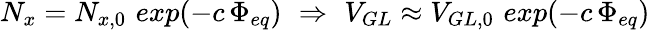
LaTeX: N_{x}=N_{x,0}\, \, exp(-c\, \Phi_{eq})\, \, \Rightarrow\, \, V_{GL}\approx V_{GL,0}\, \, exp(-c\, \Phi_{eq})